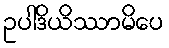
ဥပါဒိယိဿာမိပေ